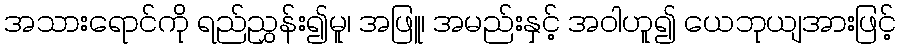
အသားရောင်ကို ရည်ညွှန်း၍မူ၊ အဖြူ၊ အမည်းနှင့် အဝါဟူ၍ ယေဘုယျအားဖြင့်